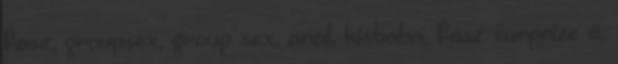
fasz, groupsex, group sex, anál, kisbaba, fasz surprize ő,